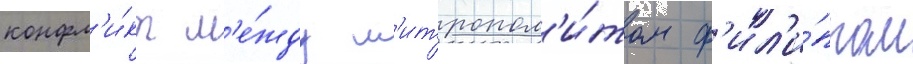
конфл'и́кт м'е́жду м'итропол'и́том ф'ил'и́ппом